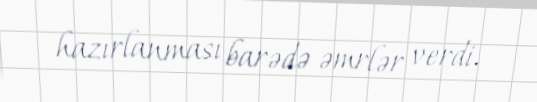
hazırlanması barədə əmrlər verdi.